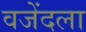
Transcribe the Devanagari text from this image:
वजेंदला